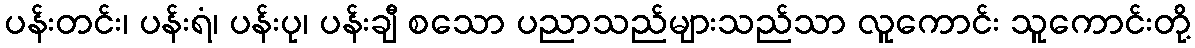
ပန်းတင်း၊ ပန်းရံ၊ ပန်းပု၊ ပန်းချီ စသော ပညာသည်များသည်သာ လူကောင်း သူကောင်းတို့